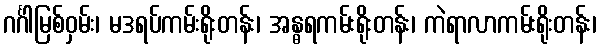
ဂင်္ဂါမြစ်ဝှမ်း၊ မဒရပ်ကမ်းရိုးတန်း၊ အန္ဓရကမ်းရိုးတန်း၊ ကဲရာလာကမ်းရိုးတန်း၊